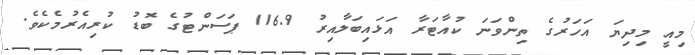
މިއީ މިދިޔަ އަހަރުގެ ތިންވަނަ ކުއާޓަރާ އަޅައިބަލާއިރު 116.9 ޕަސަންޓުގެ ބޮޑު ކުރިއެރުމެކެވެ.